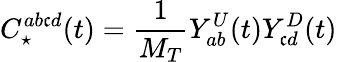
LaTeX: C_{\star}^{ab\mathfrak{c}d}(t)=\frac{{1}}{{M_{T}}}Y_{ab}^{U}(t)Y_{\mathfrak{c}d}^{D}(t)